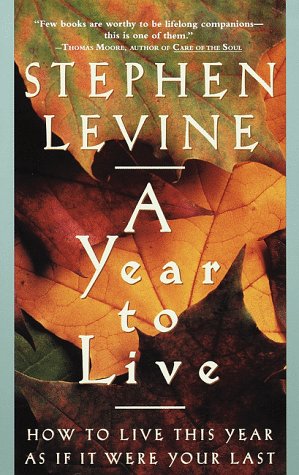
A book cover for A Year to Live: How to Live This Year as If It Were Your Last; Stephen Levine; Self-Help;